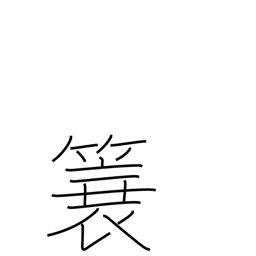
Meaning: straw raincoat